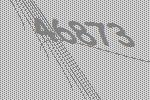
46873